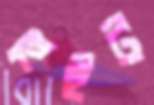
হেইট